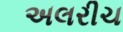
અલરીચ